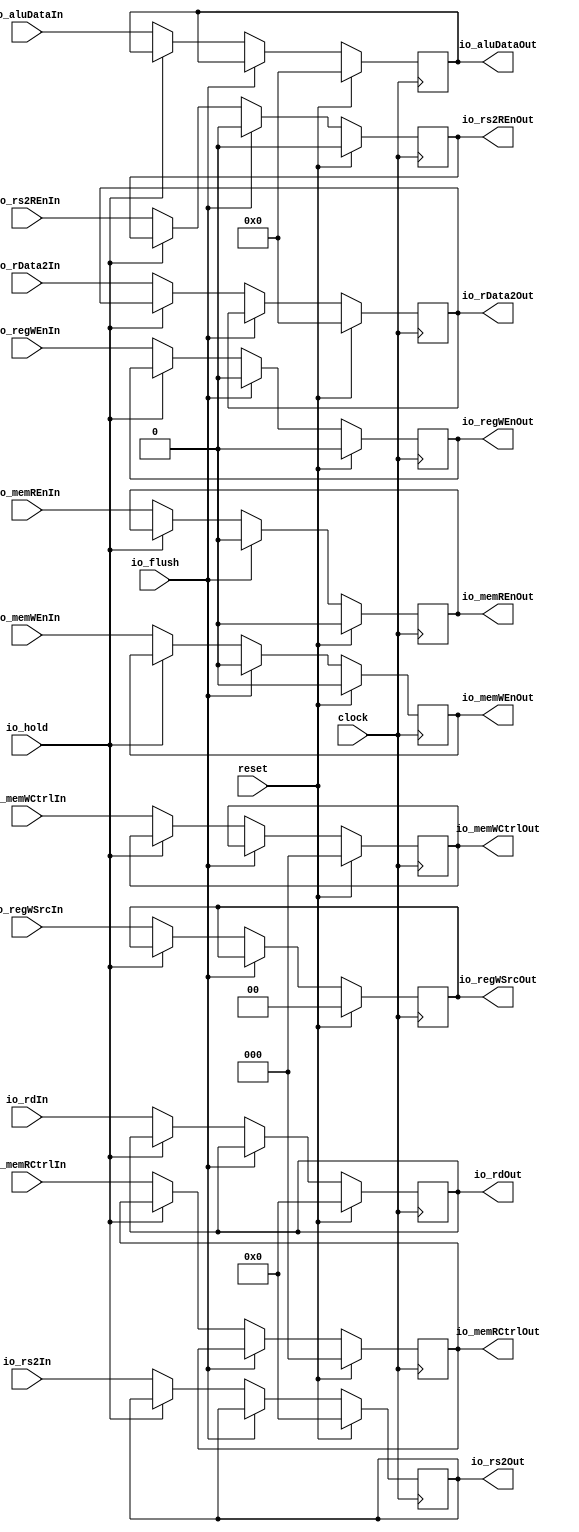
module EX_MEM(
  input         clock,
  input         reset,
  input         io_flush,
  input         io_hold,
  input         io_memREnIn,
  input  [2:0]  io_memRCtrlIn,
  input         io_memWEnIn,
  input  [2:0]  io_memWCtrlIn,
  input         io_regWEnIn,
  input  [1:0]  io_regWSrcIn,
  input  [4:0]  io_rdIn,
  input         io_rs2REnIn,
  input  [4:0]  io_rs2In,
  output        io_memREnOut,
  output [2:0]  io_memRCtrlOut,
  output        io_memWEnOut,
  output [2:0]  io_memWCtrlOut,
  output        io_regWEnOut,
  output [1:0]  io_regWSrcOut,
  output [4:0]  io_rdOut,
  output        io_rs2REnOut,
  output [4:0]  io_rs2Out,
  input  [63:0] io_rData2In,
  output [63:0] io_rData2Out,
  input  [63:0] io_aluDataIn,
  output [63:0] io_aluDataOut
);
`ifdef RANDOMIZE_REG_INIT
  reg [31:0] _RAND_0;
  reg [31:0] _RAND_1;
  reg [31:0] _RAND_2;
  reg [31:0] _RAND_3;
  reg [31:0] _RAND_4;
  reg [31:0] _RAND_5;
  reg [31:0] _RAND_6;
  reg [31:0] _RAND_7;
  reg [31:0] _RAND_8;
  reg [63:0] _RAND_9;
  reg [63:0] _RAND_10;
`endif // RANDOMIZE_REG_INIT
  reg  memREnReg; // @[EX_MEM.scala 60:30]
  reg [2:0] memRCtrlReg; // @[EX_MEM.scala 61:30]
  reg  memWEnReg; // @[EX_MEM.scala 62:30]
  reg [2:0] memWCtrlReg; // @[EX_MEM.scala 63:30]
  reg  regWEnReg; // @[EX_MEM.scala 64:30]
  reg [1:0] regWSrcReg; // @[EX_MEM.scala 65:30]
  reg [4:0] rdReg; // @[EX_MEM.scala 66:30]
  reg  rs2REnReg; // @[EX_MEM.scala 67:30]
  reg [4:0] rs2Reg; // @[EX_MEM.scala 68:30]
  reg [63:0] rData2Reg; // @[EX_MEM.scala 70:31]
  reg [63:0] aluDataReg; // @[EX_MEM.scala 72:31]
  assign io_memREnOut = memREnReg; // @[EX_MEM.scala 111:19]
  assign io_memRCtrlOut = memRCtrlReg; // @[EX_MEM.scala 112:19]
  assign io_memWEnOut = memWEnReg; // @[EX_MEM.scala 113:19]
  assign io_memWCtrlOut = memWCtrlReg; // @[EX_MEM.scala 114:19]
  assign io_regWEnOut = regWEnReg; // @[EX_MEM.scala 115:19]
  assign io_regWSrcOut = regWSrcReg; // @[EX_MEM.scala 116:19]
  assign io_rdOut = rdReg; // @[EX_MEM.scala 117:19]
  assign io_rs2REnOut = rs2REnReg; // @[EX_MEM.scala 118:19]
  assign io_rs2Out = rs2Reg; // @[EX_MEM.scala 119:19]
  assign io_rData2Out = rData2Reg; // @[EX_MEM.scala 121:19]
  assign io_aluDataOut = aluDataReg; // @[EX_MEM.scala 122:19]
  always @(posedge clock) begin
    if (reset) begin // @[EX_MEM.scala 60:30]
      memREnReg <= 1'h0; // @[EX_MEM.scala 60:30]
    end else if (io_flush) begin // @[EX_MEM.scala 76:14]
      memREnReg <= 1'h0; // @[EX_MEM.scala 77:16]
    end else if (!(io_hold)) begin // @[EX_MEM.scala 82:18]
      memREnReg <= io_memREnIn; // @[EX_MEM.scala 97:19]
    end
    if (reset) begin // @[EX_MEM.scala 61:30]
      memRCtrlReg <= 3'h0; // @[EX_MEM.scala 61:30]
    end else if (!(io_flush)) begin // @[EX_MEM.scala 76:14]
      if (!(io_hold)) begin // @[EX_MEM.scala 82:18]
        memRCtrlReg <= io_memRCtrlIn; // @[EX_MEM.scala 98:19]
      end
    end
    if (reset) begin // @[EX_MEM.scala 62:30]
      memWEnReg <= 1'h0; // @[EX_MEM.scala 62:30]
    end else if (io_flush) begin // @[EX_MEM.scala 76:14]
      memWEnReg <= 1'h0; // @[EX_MEM.scala 78:16]
    end else if (!(io_hold)) begin // @[EX_MEM.scala 82:18]
      memWEnReg <= io_memWEnIn; // @[EX_MEM.scala 99:19]
    end
    if (reset) begin // @[EX_MEM.scala 63:30]
      memWCtrlReg <= 3'h0; // @[EX_MEM.scala 63:30]
    end else if (!(io_flush)) begin // @[EX_MEM.scala 76:14]
      if (!(io_hold)) begin // @[EX_MEM.scala 82:18]
        memWCtrlReg <= io_memWCtrlIn; // @[EX_MEM.scala 100:19]
      end
    end
    if (reset) begin // @[EX_MEM.scala 64:30]
      regWEnReg <= 1'h0; // @[EX_MEM.scala 64:30]
    end else if (io_flush) begin // @[EX_MEM.scala 76:14]
      regWEnReg <= 1'h0; // @[EX_MEM.scala 79:16]
    end else if (!(io_hold)) begin // @[EX_MEM.scala 82:18]
      regWEnReg <= io_regWEnIn; // @[EX_MEM.scala 101:19]
    end
    if (reset) begin // @[EX_MEM.scala 65:30]
      regWSrcReg <= 2'h0; // @[EX_MEM.scala 65:30]
    end else if (!(io_flush)) begin // @[EX_MEM.scala 76:14]
      if (!(io_hold)) begin // @[EX_MEM.scala 82:18]
        regWSrcReg <= io_regWSrcIn; // @[EX_MEM.scala 102:19]
      end
    end
    if (reset) begin // @[EX_MEM.scala 66:30]
      rdReg <= 5'h0; // @[EX_MEM.scala 66:30]
    end else if (!(io_flush)) begin // @[EX_MEM.scala 76:14]
      if (!(io_hold)) begin // @[EX_MEM.scala 82:18]
        rdReg <= io_rdIn; // @[EX_MEM.scala 103:19]
      end
    end
    if (reset) begin // @[EX_MEM.scala 67:30]
      rs2REnReg <= 1'h0; // @[EX_MEM.scala 67:30]
    end else if (io_flush) begin // @[EX_MEM.scala 76:14]
      rs2REnReg <= 1'h0; // @[EX_MEM.scala 80:16]
    end else if (!(io_hold)) begin // @[EX_MEM.scala 82:18]
      rs2REnReg <= io_rs2REnIn; // @[EX_MEM.scala 104:19]
    end
    if (reset) begin // @[EX_MEM.scala 68:30]
      rs2Reg <= 5'h0; // @[EX_MEM.scala 68:30]
    end else if (!(io_flush)) begin // @[EX_MEM.scala 76:14]
      if (!(io_hold)) begin // @[EX_MEM.scala 82:18]
        rs2Reg <= io_rs2In; // @[EX_MEM.scala 105:19]
      end
    end
    if (reset) begin // @[EX_MEM.scala 70:31]
      rData2Reg <= 64'h0; // @[EX_MEM.scala 70:31]
    end else if (!(io_flush)) begin // @[EX_MEM.scala 76:14]
      if (!(io_hold)) begin // @[EX_MEM.scala 82:18]
        rData2Reg <= io_rData2In; // @[EX_MEM.scala 107:19]
      end
    end
    if (reset) begin // @[EX_MEM.scala 72:31]
      aluDataReg <= 64'h0; // @[EX_MEM.scala 72:31]
    end else if (!(io_flush)) begin // @[EX_MEM.scala 76:14]
      if (!(io_hold)) begin // @[EX_MEM.scala 82:18]
        aluDataReg <= io_aluDataIn; // @[EX_MEM.scala 108:19]
      end
    end
  end
// Register and memory initialization
`ifdef RANDOMIZE_GARBAGE_ASSIGN
`define RANDOMIZE
`endif
`ifdef RANDOMIZE_INVALID_ASSIGN
`define RANDOMIZE
`endif
`ifdef RANDOMIZE_REG_INIT
`define RANDOMIZE
`endif
`ifdef RANDOMIZE_MEM_INIT
`define RANDOMIZE
`endif
`ifndef RANDOM
`define RANDOM $random
`endif
`ifdef RANDOMIZE_MEM_INIT
  integer initvar;
`endif
`ifndef SYNTHESIS
`ifdef FIRRTL_BEFORE_INITIAL
`FIRRTL_BEFORE_INITIAL
`endif
initial begin
  `ifdef RANDOMIZE
    `ifdef INIT_RANDOM
      `INIT_RANDOM
    `endif
    `ifndef VERILATOR
      `ifdef RANDOMIZE_DELAY
        #`RANDOMIZE_DELAY begin end
      `else
        #0.002 begin end
      `endif
    `endif
`ifdef RANDOMIZE_REG_INIT
  _RAND_0 = {1{`RANDOM}};
  memREnReg = _RAND_0[0:0];
  _RAND_1 = {1{`RANDOM}};
  memRCtrlReg = _RAND_1[2:0];
  _RAND_2 = {1{`RANDOM}};
  memWEnReg = _RAND_2[0:0];
  _RAND_3 = {1{`RANDOM}};
  memWCtrlReg = _RAND_3[2:0];
  _RAND_4 = {1{`RANDOM}};
  regWEnReg = _RAND_4[0:0];
  _RAND_5 = {1{`RANDOM}};
  regWSrcReg = _RAND_5[1:0];
  _RAND_6 = {1{`RANDOM}};
  rdReg = _RAND_6[4:0];
  _RAND_7 = {1{`RANDOM}};
  rs2REnReg = _RAND_7[0:0];
  _RAND_8 = {1{`RANDOM}};
  rs2Reg = _RAND_8[4:0];
  _RAND_9 = {2{`RANDOM}};
  rData2Reg = _RAND_9[63:0];
  _RAND_10 = {2{`RANDOM}};
  aluDataReg = _RAND_10[63:0];
`endif // RANDOMIZE_REG_INIT
  `endif // RANDOMIZE
end // initial
`ifdef FIRRTL_AFTER_INITIAL
`FIRRTL_AFTER_INITIAL
`endif
`endif // SYNTHESIS
endmodule